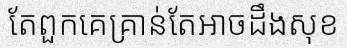
តែពួកគេគ្រាន់តែអាចដឹងសុខ